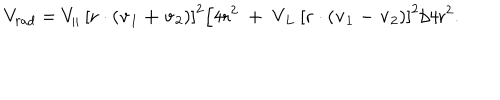
LaTeX: V _ { r a d } = V _ { \| } \: \left[ \bf r \cdot \left( v _ { \mathrm { 1 } } + v _ { \mathrm { 2 } } \right) \right] ^ { \mathrm { 2 } } / 4 \mathrm { r ^ { 2 } \; + \; V _ { L } \: \left[ \bf r \cdot \left( v _ { \mathrm { 1 } } - v _ { \mathrm { 2 } } \right) \right] ^ { \mathrm { 2 } } / 4 \mathrm { r ^ { 2 } . } }